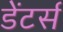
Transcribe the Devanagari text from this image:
डेंटर्स